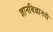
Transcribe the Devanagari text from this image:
ज्ञानविज्ञानदो